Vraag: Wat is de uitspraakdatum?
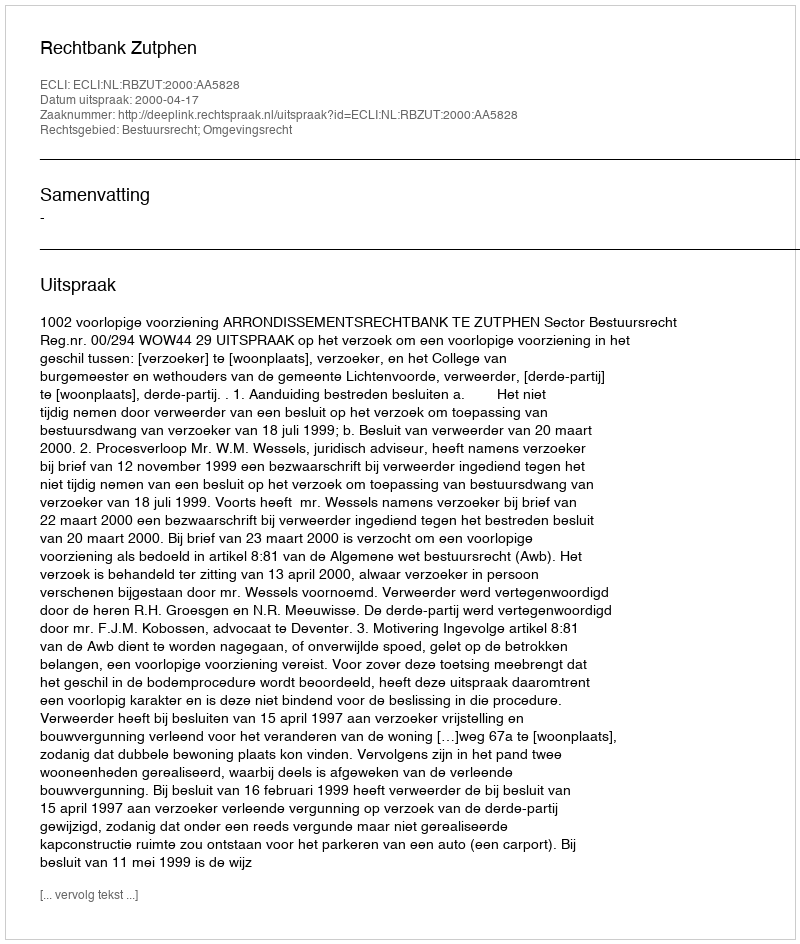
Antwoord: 2000-04-17